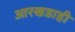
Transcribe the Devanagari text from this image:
आरखडाही